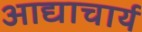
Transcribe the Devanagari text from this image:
आद्याचार्य